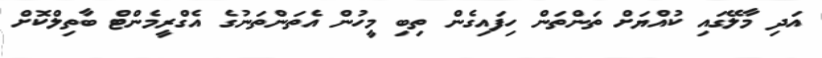
އަދި މާލޭގައި ކުއްޔަށް ތަންތަން ހިފައިގެން ތިބި މީހުން އެތަންތަނުގެ އެގްރީމެންޓް ބާތިލްކޮށް